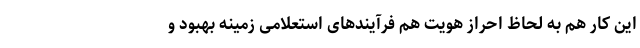
این کار هم به لحاظ احراز هویت هم فرآیندهای استعلامی زمینه بهبود و